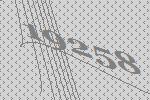
19258